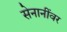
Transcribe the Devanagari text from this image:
सेनानींवर